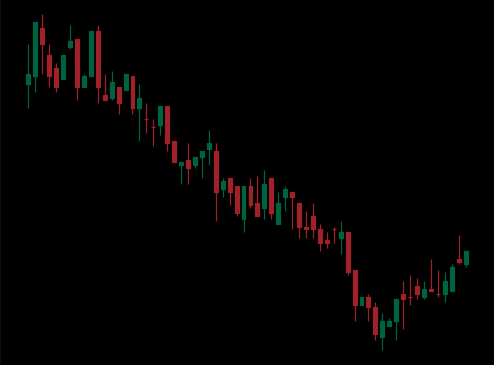
Pattern: bull_flag